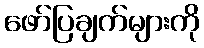
ဖော်ပြချက်များကို